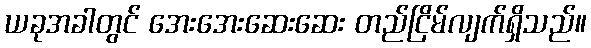
ယခုအခါတွင် အေးအေးဆေးဆေး တည်ငြိမ်လျက်ရှိသည်။